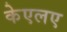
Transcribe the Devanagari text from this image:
केएलए